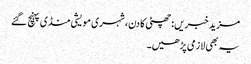
مزید خبریں:چھٹی کا دن، شہری مویشی منڈی پہنچ گئے
یہ بھی لازمی پڑھیں۔